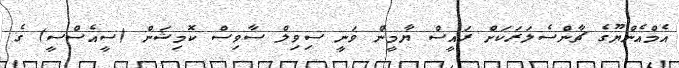
އެމްއެންޔޫގެ ޗާންސެލަރަކަށް ރައީސް ޔާމީން ވަނީ ސިވިލް ސާވިސް ކޮމިޝަން (ސީއެސްސީ) ގެ